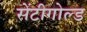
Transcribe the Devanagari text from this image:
सेंटीगोल्ड